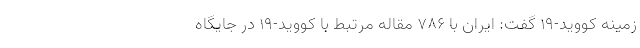
زمینه کووید-۱۹ گفت: ایران با ۷۸۶ مقاله مرتبط با کووید-۱۹ در جایگاه